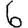
Digit: 6